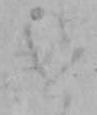
け